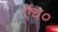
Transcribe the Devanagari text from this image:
एॅच०